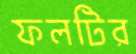
ফলটির